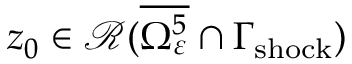
z _ { 0 } \in \mathcal { R } ( \overline { { \Omega _ { \varepsilon } ^ { 5 } } } \cap \Gamma _ { \mathrm { s h o c k } } )